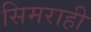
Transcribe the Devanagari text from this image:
सिमराही